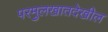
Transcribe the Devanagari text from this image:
परमुलखातदेखील